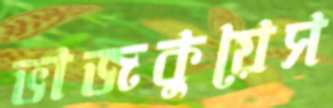
ভাজকুয়েস